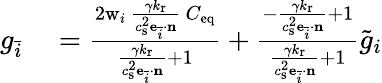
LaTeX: \begin{array}{rl}{g_{\bar{i}}}&{{}=\frac{2\mathrm{w}_{i}\ \frac{\gamma k_{\mathrm{r}}}{c_{\mathrm{s}}^{2}\mathbf{e}_{\bar{i}}\cdot\mathbf{n}}\ C_{\mathrm{eq}}}{\frac{\gamma k_{\mathrm{r}}}{c_{\mathrm{s}}^{2}\mathbf{e}_{\bar{i}}\cdot\mathbf{n}}+1}+\frac{-\frac{\gamma k_{\mathrm{r}}}{c_{\mathrm{s}}^{2}\mathbf{e}_{\bar{i}}\cdot\mathbf{n}}+1}{\frac{\gamma k_{\mathrm{r}}}{c_{\mathrm{s}}^{2}\mathbf{e}_{\bar{i}}\cdot\mathbf{n}}+1}\tilde{g}_{i}}\end{array}